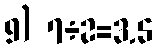
9) 7÷2=3.5